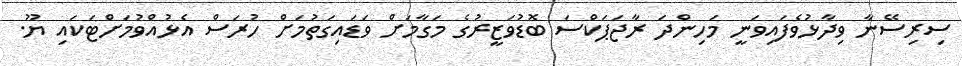
ސިރިސޭނާ ވިދާޅުވެފައިވަނީ މަހިންދަ ރާޖަޕަކްސަ ބޮޑުވަޒީރުގެ މަގާމަށް ވަޑައިގަތުމަށް ހުރަސް އެޅުއްވުމަށްޓަކައި ޔޫ.